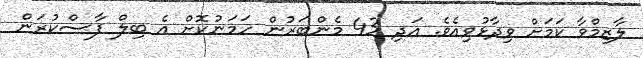
ލާޒިމްވާ ކަމަށް ވިދާޅުވިއެވެ. އަދި 43 މެންބަރުން ހަމަނުކޮށް އެ ބިލް ފާސްކުރަން